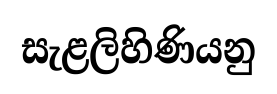
සැළලිහිණියනු